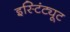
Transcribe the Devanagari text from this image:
इस्टिंट्यूट